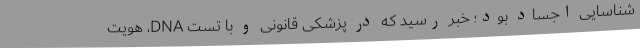
شناسایی اجساد بود؛ خبر رسید که در پزشکی قانونی و با تست DNA، هویت